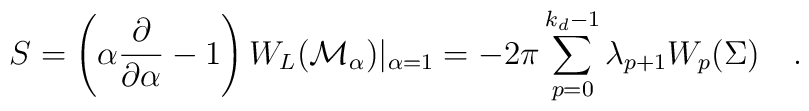
S=\left(\alpha {\partial \over \partial \alpha} -1\right)W_L({\cal M}_{\alpha})|_{\alpha=1}=- 2\pi\sum_{p=0}^{k_d-1} \lambda _{p+1} W_{p}(\Sigma)~~~.